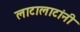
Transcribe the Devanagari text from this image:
लाटालाटांनी